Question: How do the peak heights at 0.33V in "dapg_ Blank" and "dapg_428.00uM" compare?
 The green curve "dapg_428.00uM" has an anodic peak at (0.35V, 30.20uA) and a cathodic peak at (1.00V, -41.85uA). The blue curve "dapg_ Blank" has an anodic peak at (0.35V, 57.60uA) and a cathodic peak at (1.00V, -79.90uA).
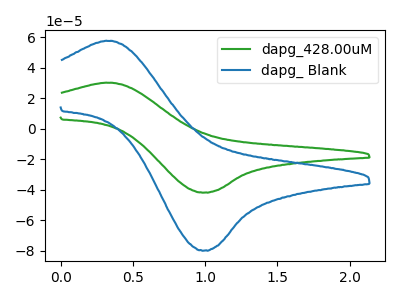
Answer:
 <answer>The peak at 0.33V is higher in "dapg_ Blank" than in "dapg_428.00uM".</answer>
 <eval>higher</eval>